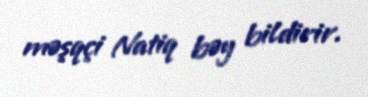
məşqçi Natiq bəy bildirir.